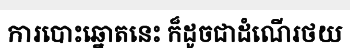
ការបោះឆ្នោតនេះ ក៏ដូចជាដំណើរថយ